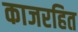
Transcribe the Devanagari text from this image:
काजरहित